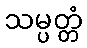
သမ္ပတ္တံ